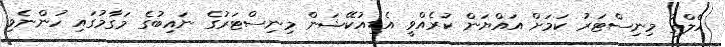
ހެލްތު މިނިސްޓަރު ކަމަށް އައްޔަން ކުރެއްވީ އެޑިއުކޭޝަން މިނިސްޓަރުގެ ނައިބުގެ މަގާމުގައި ހުންނެވި